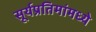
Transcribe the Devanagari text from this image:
सूर्यप्रतिमांमध्ये